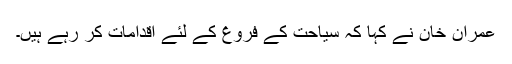
عمران خان نے کہا کہ سیاحت کے فروغ کے لئے اقدامات کر رہے ہیں۔